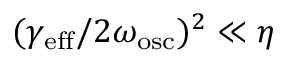
( \gamma _ { \mathrm { e f f } } / 2 \omega _ { \mathrm { o s c } } ) ^ { 2 } \ll \eta